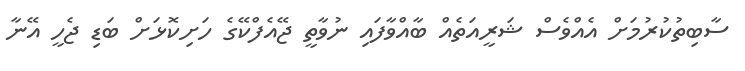
ސާބިތުކުރުމަށް އެއްވެސް ޝަރީއަތެއް ބާއްވާފައި ނުވާތީ ޖޭއެފްކޭގެ ހަށިކޮޅަށް ބަޑި ޖެހީ އޭނާ